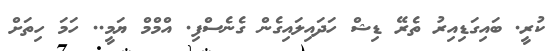
ކުރީ. ބައިގަޑިއިރު ތެރޭ ޑިޝް ހަދައިލައިގެން ގެނެސްފި. އްމްމްް ޔަމީ.. ހަމަ ހިތަށް